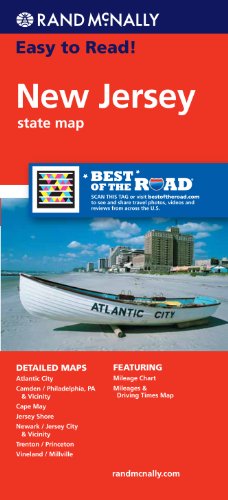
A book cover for Rand McNally Easy To Read: New Jersey State Map; Rand McNally; Travel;